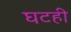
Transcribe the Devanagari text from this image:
घटही